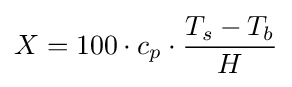
X=100\cdot c_{p}\cdot {\frac {T_{s}-T_{b}}{H}}